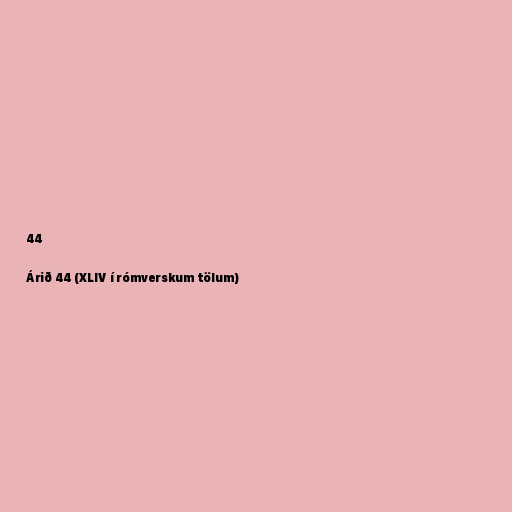
44

Árið 44 (XLIV í rómverskum tölum)